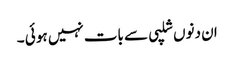
ان دنوں شلپی سے بات نہیں ہو ئی ۔